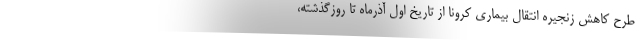
طرح کاهش زنجیره انتقال بیماری کرونا از تاریخ اول آذرماه تا روزگذشته،